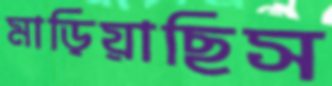
মাড়িয়াছিস